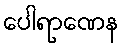
ပေါရာဏေန